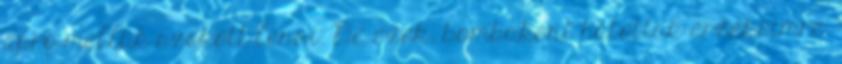
apró mellük szokott lenni. De ezek, bombaként hatottak érzékeimre.